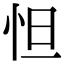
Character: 怛